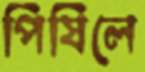
পিষিলে